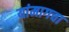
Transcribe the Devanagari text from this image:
यांमागचा